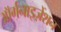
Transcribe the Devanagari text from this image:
ऑर्गनाइज़ेंशन